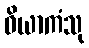
ဝိယာကံသု